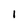
Character: l